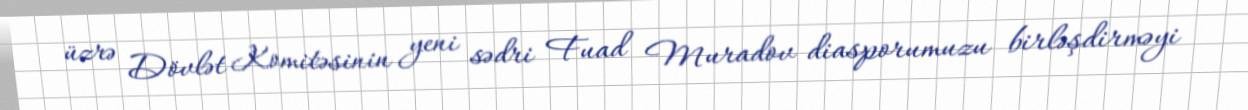
üzrə Dövlət Komitəsinin yeni sədri Fuad Muradov diasporumuzu birləşdirməyi